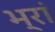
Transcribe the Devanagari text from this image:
भ्रां